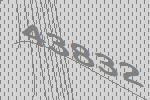
43832